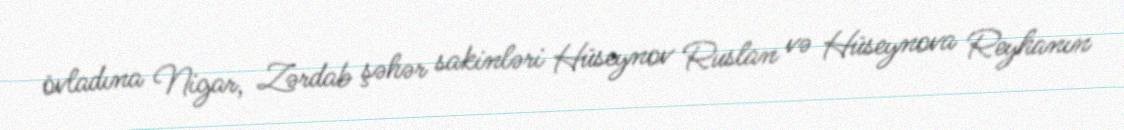
övladına Nigar, Zərdab şəhər sakinləri Hüseynov Ruslan və Hüseynova Reyhanın